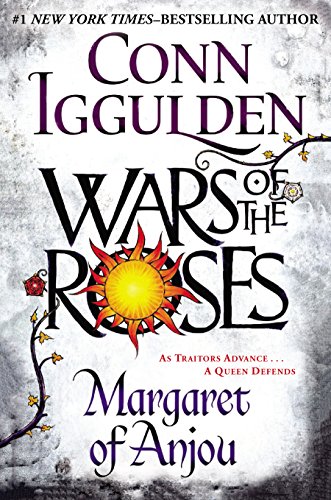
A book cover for Wars of the Roses: Margaret of Anjou; Conn Iggulden; Literature & Fiction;